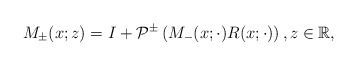
\begin{align*}M_{\pm}(x;z)=I+\mathcal{P}^{\pm}\left(M_{-}(x; \cdot) R(x ;\cdot)\right) , z \in \mathbb{R},\end{align*}